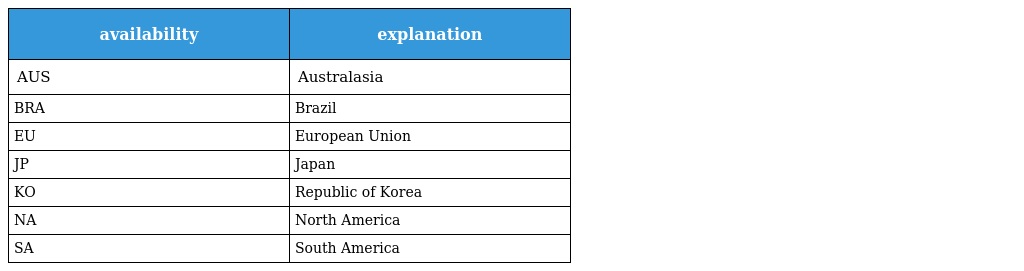
| availability | explanation |
 | --- | --- |
 | AUS | Australasia |
 | BRA | Brazil |
 | EU | European Union |
 | JP | Japan |
 | KO | Republic of Korea |
 | NA | North America |
 | SA | South America |